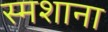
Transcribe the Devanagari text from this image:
स्मशाना